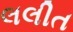
લલીત